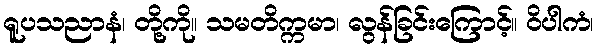
ရူပသညာနံ၊ တို့ကို။ သမတိက္ကမာ၊ လွန်ခြင်းကြောင့်။ ဝိပါကံ၊